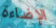
الإضاءة